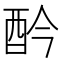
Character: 𨟹